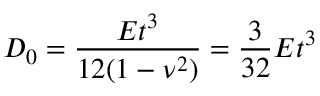
D _ { 0 } = \frac { E t ^ { 3 } } { 1 2 ( 1 - \nu ^ { 2 } ) } = \frac { 3 } { 3 2 } E t ^ { 3 }